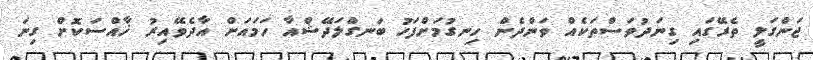
ޖަންގަލީ ތެރޭގައި ގިނަދުވަސްތަކެއް ވަންދެން ހިނގުމަށްފަހު ބަނގްލަދޭޝްއާ ހަމައަށް އާދެވޭއިރު ޚާއްސަކޮށް ގިނަ